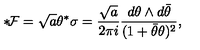
{ * } \! { \cal F } = \sqrt { a } \theta ^ { * } \sigma = \frac { \sqrt { a } } { 2 \pi i } \frac { d \theta \wedge d { \bar { \theta } } } { ( 1 + { \bar { \theta } } \theta ) ^ { 2 } } ,